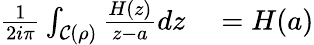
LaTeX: \begin{array}{r}{\begin{array}{rl}{\frac{1}{2i\pi}\int_{\mathcal{C}(\rho)}\frac{H(z)}{z-a}dz}&{{}=H(a)}\end{array}}\end{array}